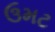
ઉમટ